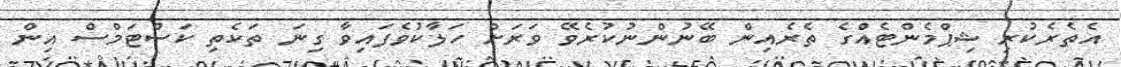
އެތެރެކުރި ޝިޕްމެންޓެއްގެ ތެރެއިން ބޭނުންނުކުރެވޭ ވަރަށް ހަލާކުވެފައިވާ ގިނަ ތަކެތި ކަސްޓަމްސް އިން